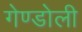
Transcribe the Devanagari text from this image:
गेण्डोली